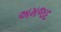
અમજદ